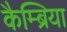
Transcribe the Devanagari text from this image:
कैम्ब्रिया